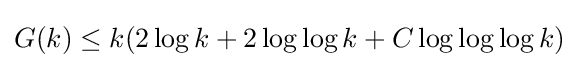
G(k)\leq k(2\log k+2\log \log k+C\log \log \log k)